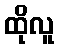
ထိုလူ